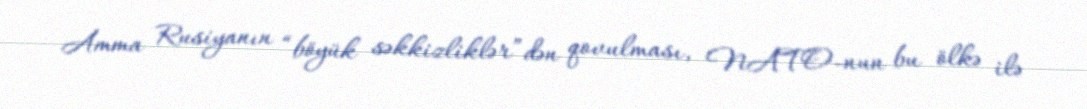
Amma Rusiyanın “böyük səkkizliklər”dən qovulması, NATO-nun bu ölkə ilə